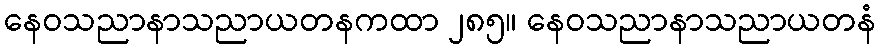
နေဝသညာနာသညာယတနကထာ ၂၈၅။ နေဝသညာနာသညာယတနံ